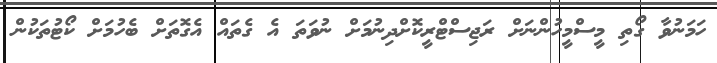
ހަމަނުވާ ގޯތި މީސްމީހުންނަށް ރަޖިސްޓްރީކޮށްދިނުމަށް ނުވަތަ އެ ގެތައް އެގޮތަށް ބެހުމަށް ކޯޓުތަކުން